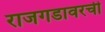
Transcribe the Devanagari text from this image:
राजगडावरची